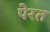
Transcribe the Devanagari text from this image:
पेरत